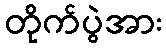
တိုက်ပွဲအား